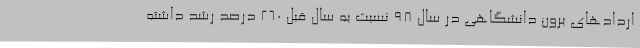
اردادهای برون دانشگاهی در سال 98 نسبت به سال قبل 260 درصد رشد داشته